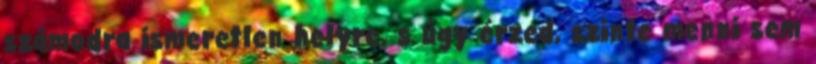
számodra ismeretlen helyre, s úgy érzed, szinte menni sem